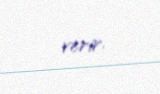
verir.